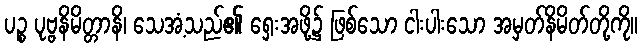
ပဉ္စ ပုဗ္ဗနိမိတ္တာနိ၊ သေအံ့သည်၏ ရှေးအဖို့၌ ဖြစ်သော ငါးပါးသော အမှတ်နိမိတ်တို့ကို။